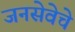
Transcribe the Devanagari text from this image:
जनसेवेचे